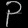
Digit: ၃